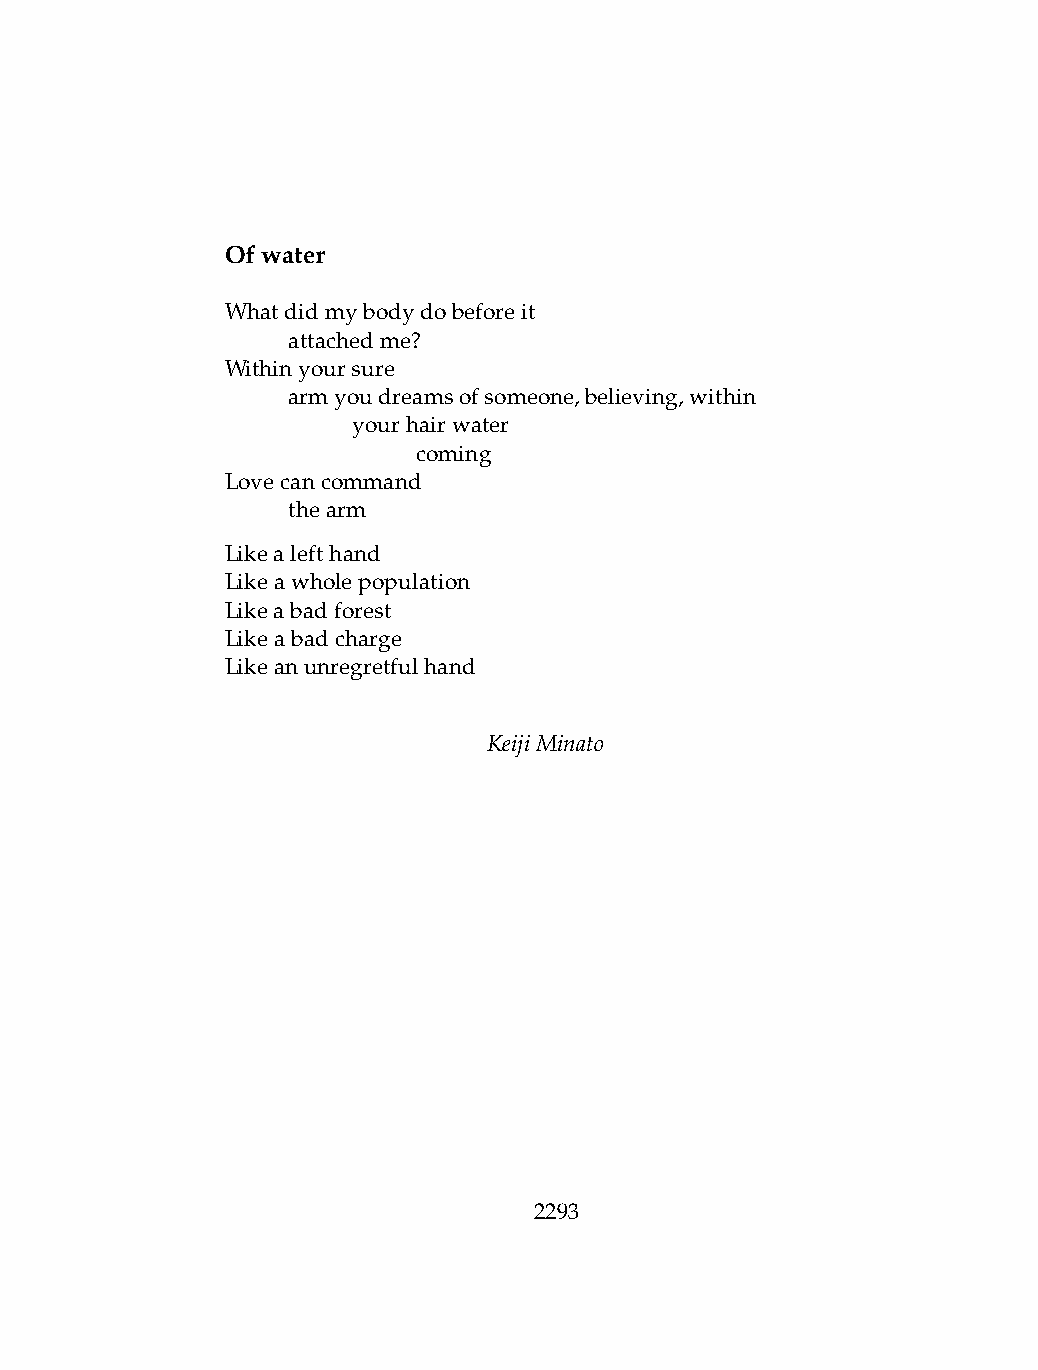
Ofwater
 Whatdidmybodydobeforeit
 .   attachedme?
 Withinyoursure
 .   armyoudreamsofsomeone,believing,within
 .   .   yourhairwater
 .   .   .    coming
 Lovecancommand
 .   thearm
 Likealefthand
 Likeawholepopulation
 Likeabadforest
 Likeabadcharge
 Likeanunregretfulhand
 KeijiMinato
 2293